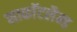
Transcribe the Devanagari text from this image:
साकाॅटलैन्ड